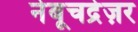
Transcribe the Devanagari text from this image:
नेबूचद्रेज़र